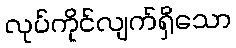
လုပ်ကိုင်လျက်ရှိသော